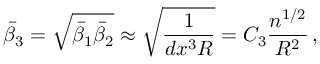
\bar { \beta } _ { 3 } = \sqrt { \bar { \beta } _ { 1 } \bar { \beta } _ { 2 } } \approx \sqrt { \frac { 1 } { d x ^ { 3 } R } } = C _ { 3 } \frac { n ^ { 1 / 2 } } { R ^ { 2 } } \, ,